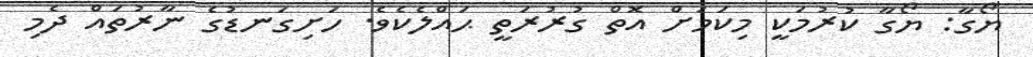
ޔޯގާ: ޔޯގާ ކުރުމަކީ މިކަމަށް އޮތް ގުރުރަތީ ޙައްލެކެވެ. ހަށިގަނޑުގެ ނާރުތައް ދެމި